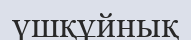
үшқұйнық